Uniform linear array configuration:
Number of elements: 32
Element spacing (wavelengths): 0.25
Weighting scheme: hann
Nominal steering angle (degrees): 45
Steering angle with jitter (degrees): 44.992
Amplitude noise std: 0.05
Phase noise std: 0.05

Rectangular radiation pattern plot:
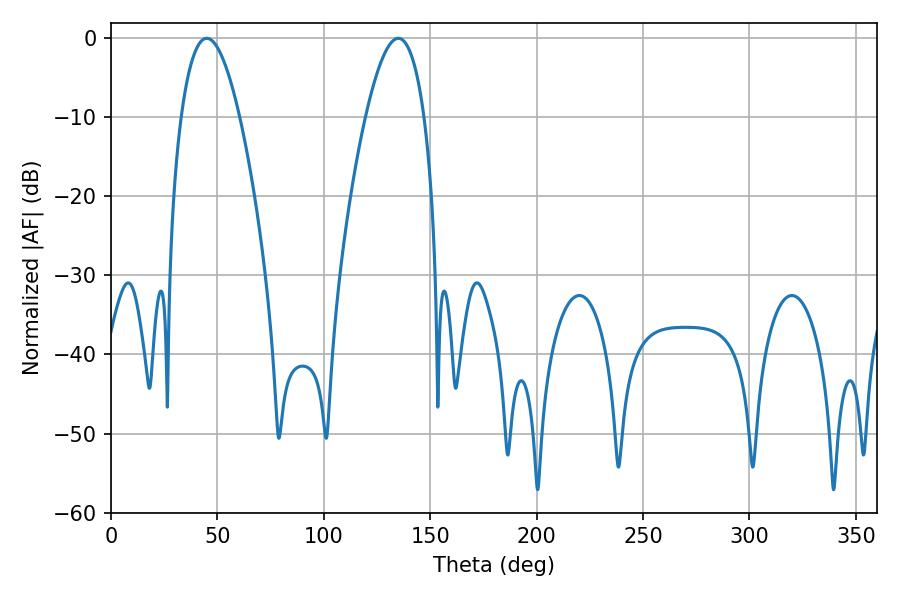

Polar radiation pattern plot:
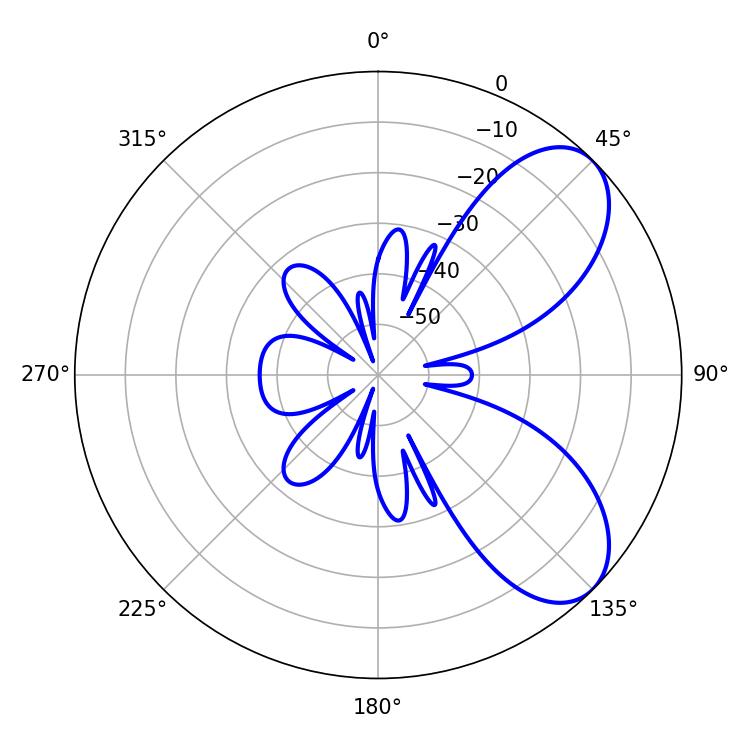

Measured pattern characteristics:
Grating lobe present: FALSE
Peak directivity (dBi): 6.944
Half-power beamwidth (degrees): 15.12
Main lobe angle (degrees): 45